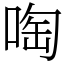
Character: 啕